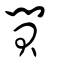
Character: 閴